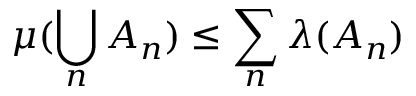
\mu ( \bigcup _ { n } A _ { n } ) \leq \sum _ { n } \lambda ( A _ { n } )